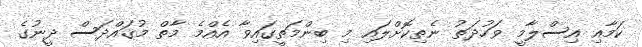
ކަމާއި އިސްލާމީ ވަހުދަތު ނެތިކޮށްލައި މި ބިންމަތީގައިވާ އެއްމެ މާތް މުޤައްދަސް ދީނުގެ